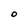
Character: O